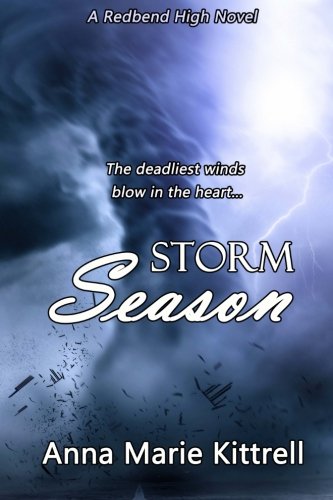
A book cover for Storm Season; Anna Marie Kittrell; Teen & Young Adult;